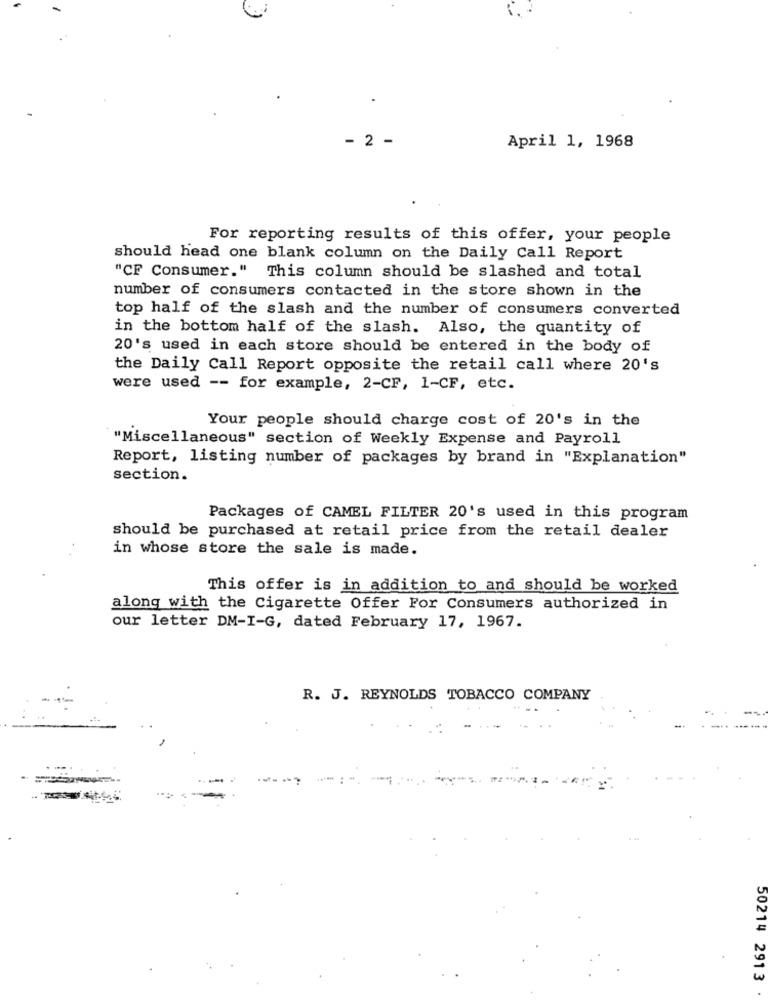
- 2 -
April 1, 1968
For reporting results of this offer, your people
should head one blank column on the Daily Call Report
"CF Consumer." This column should be slashed and total
number of consumers contacted in the store shown in the
top half of the slash and the number of consumers converted
in the bottom half of the slash. Also, the quantity of
20's used in each store should be entered in the body of
the Daily Call Report opposite the retail call where 20's
were used -- for example, 2-CF, 1-CF, etc.
Your people should charge cost of 20's in the
"Miscellaneous" section of Weekly Expense and Payroll
Report, listing number of packages by brand in "Explanation"
section.
Packages of CAMEL FILTER 20's used in this program
should be purchased at retail price from the retail dealer
in whose store the sale is made.
This offer is in addition to and should be worked
along with the Cigarette Offer For Consumers authorized in
our letter DM-I-G, dated February 17, 1967.
R. J. REYNOLDS TOBACCO COMPANY
.-.
50214 2913